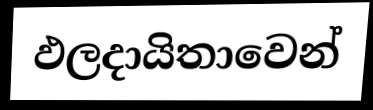
ඵලදායිතාවෙන්